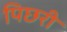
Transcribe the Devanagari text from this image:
पिछरी